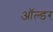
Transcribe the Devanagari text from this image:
ऑल्‍डर